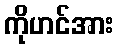
ကိုဟင်အား